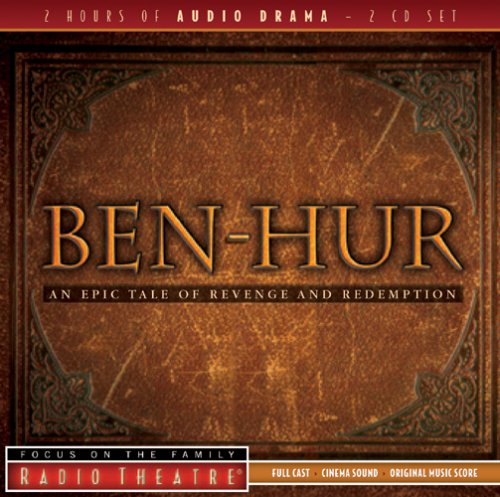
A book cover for Ben-Hur (Radio Theatre); Christian Books & Bibles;